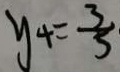
y _ { 4 } = \frac { 3 } { 5 }